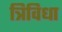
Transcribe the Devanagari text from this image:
त्रिविधा